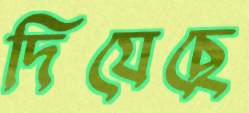
দিযেছে